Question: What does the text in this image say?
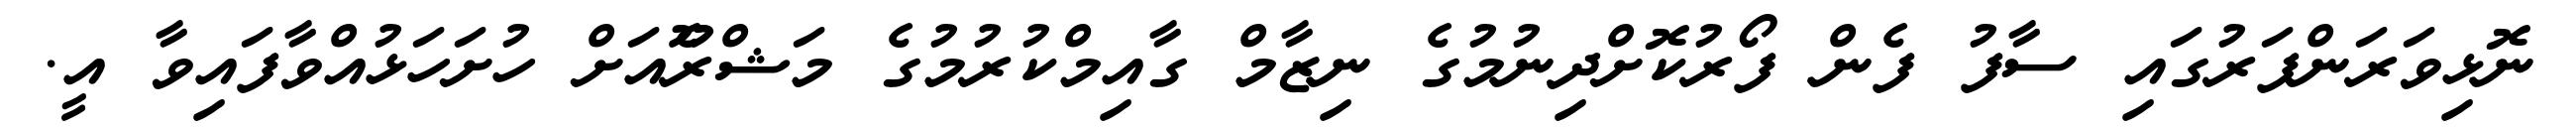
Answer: ނޮޅިވަރަންފަރުގައި ސާފު ފެން ފޯރުކޮށްދިނުމުގެ ނިޒާމް ގާއިމްކުރުމުގެ މަޝްރޫެއަށް ހުށަހަޅުއްވާފައިވާ އީ.